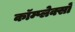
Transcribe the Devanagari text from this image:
कॉम्प्लेक्सों